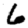
Digit: 6